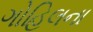
ગોહિલના